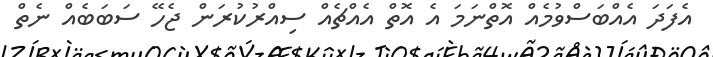
އެފަދަ އެއްބަސްވުމެއް އޮތްނަމަ އެ އޮތް އެއްޗެއް ސިއްރުކުރަން ޖެހޭ ސަބަބެއް ނެތް